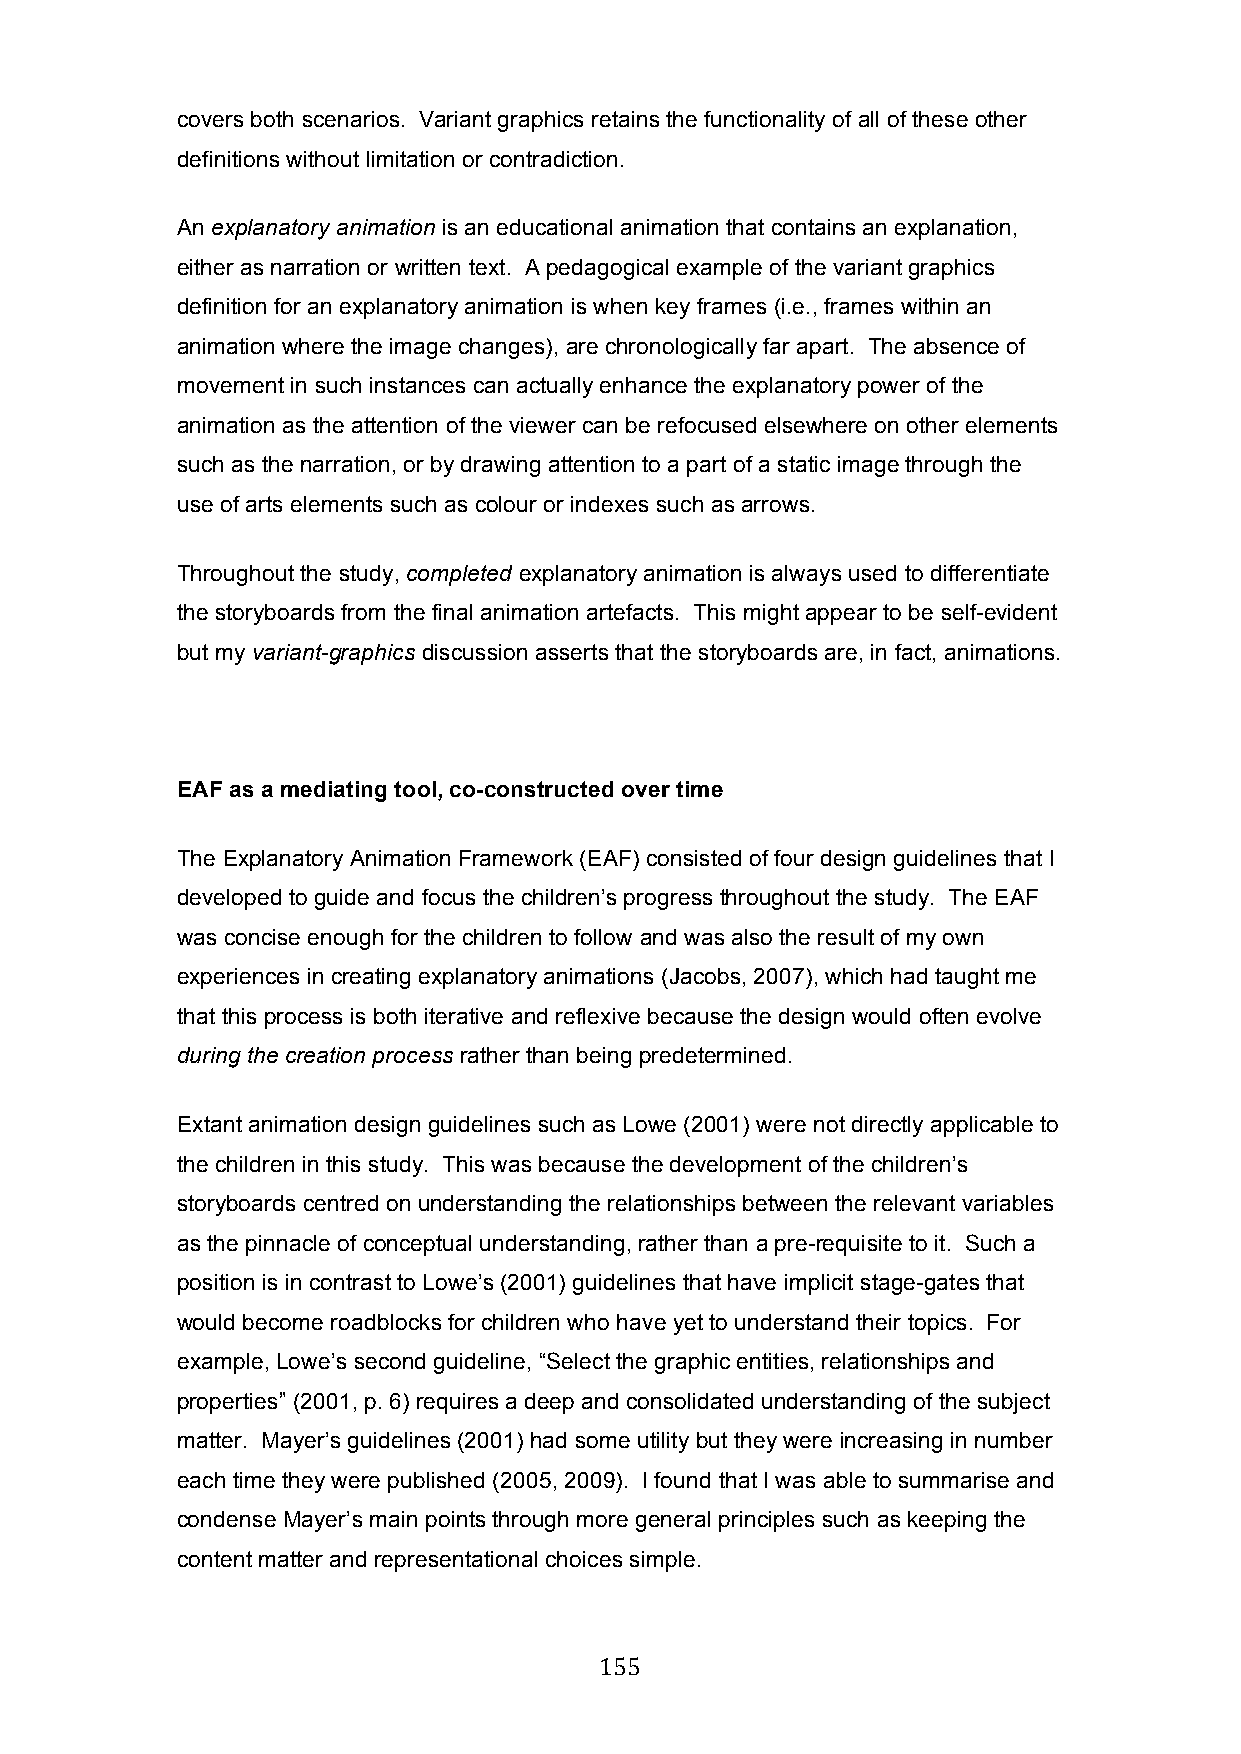
covers both scenarios. Variant graphics retains the functionality of all of these other
 definitions without limitation or contradiction.
 An explanatory animation is an educational animation that contains an explanation,
 either as narration or written text. A pedagogical example of the variant graphics
 definition for an explanatory animation is when key frames (i.e., frames within an
 animation where the image changes), are chronologically far apart. The absence of
 movement in such instances can actually enhance the explanatory power of the
 animation as the attention of the viewer can be refocused elsewhere on other elements
 such as the narration, or by drawing attention to a part of a static image through the
 use of arts elements such as colour or indexes such as arrows.
 Throughout the study, completed explanatory animation is always used to differentiate
 the storyboards from the final animation artefacts. This might appear to be self-evident
 but my variant-graphics discussion asserts that the storyboards are, in fact, animations.
 EAF as a mediating tool, co-constructed over time
 The Explanatory Animation Framework (EAF) consisted of four design guidelines that I
 developed to guide and focus the children’s progress throughout the study. The EAF
 was concise enough for the children to follow and was also the result of my own
 experiences in creating explanatory animations (Jacobs, 2007), which had taught me
 that this process is both iterative and reflexive because the design would often evolve
 during the creation process rather than being predetermined.
 Extant animation design guidelines such as Lowe (2001) were not directly applicable to
 the children in this study. This was because the development of the children’s
 storyboards centred on understanding the relationships between the relevant variables
 as the pinnacle of conceptual understanding, rather than a pre-requisite to it. Such a
 position is in contrast to Lowe’s (2001) guidelines that have implicit stage-gates that
 would become roadblocks for children who have yet to understand their topics. For
 example, Lowe’s second guideline, “Select the graphic entities, relationships and
 properties” (2001, p. 6) requires a deep and consolidated understanding of the subject
 matter. Mayer’s guidelines (2001) had some utility but they were increasing in number
 each time they were published (2005, 2009). I found that I was able to summarise and
 condense Mayer’s main points through more general principles such as keeping the
 content matter and representational choices simple.
 155